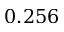
0 . 2 5 6